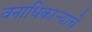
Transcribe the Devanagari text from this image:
वनाधिकार्‍याचे